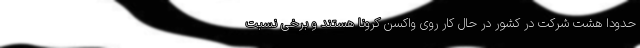
حدوداً هشت شرکت در کشور در حال کار روی واکسن کرونا هستند و برخی نسبت